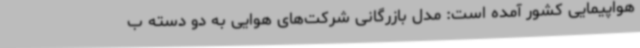
هواپیمایی کشور آمده است: مدل بازرگانی شرکت‌های هوایی به دو دسته ب